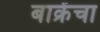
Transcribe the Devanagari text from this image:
बाक्रेंचा